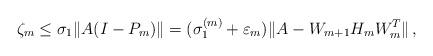
LaTeX: \begin{align*}\zeta _{m}\leq \sigma _{1}\Vert A(I-P_{m})\Vert =({\sigma}_{1}^{(m)}+\varepsilon _{m})\Vert A-W_{m+1}H_{m}W_{m}^{T}\Vert \,,\end{align*}